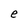
Character: e